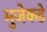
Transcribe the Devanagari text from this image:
भुजेकडे